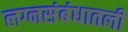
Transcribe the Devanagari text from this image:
लग्नसंबंधातली